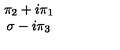
\begin{array} { c } { \pi _ { 2 } + i \pi _ { 1 } } \\ { \sigma - i \pi _ { 3 } } \\ \end{array}